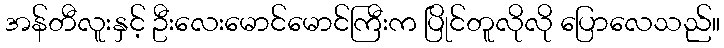
အန်တီလူးနှင့် ဦးလေးမောင်မောင်ကြီးက ပြိုင်တူလိုလို ပြောလေသည်။